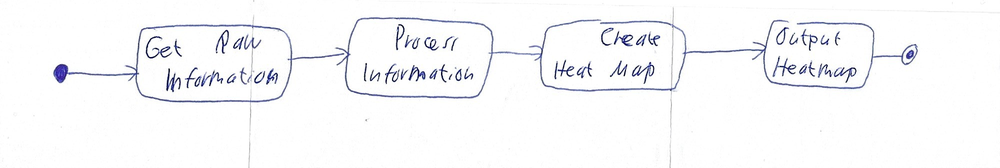
Diagram type: activity_diagram
```plantuml
@startuml

start

:Get Raw Information;

:Process Information;

:Create Heat Map;

:Output Heatmap;

stop

@enduml
```